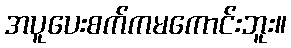
အပူပေးစက်ကမကောင်းဘူး။